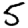
Digit: 5